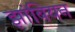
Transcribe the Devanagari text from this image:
झांबियन